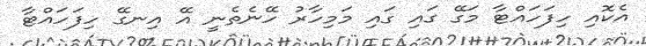
އެކޮއި ހިފަހައްޓާ މަގޭ ގައި ގައި މަމިހާރު ހޭނެތެނީ އޭ އިނގޭ ހިފަހައްޓާ